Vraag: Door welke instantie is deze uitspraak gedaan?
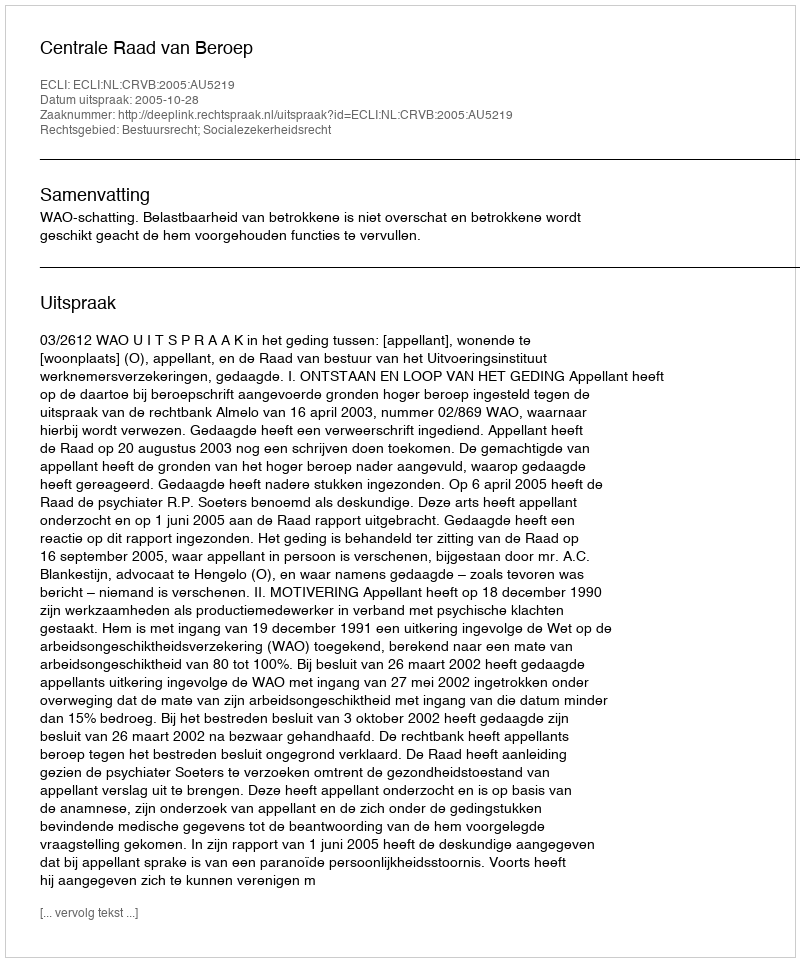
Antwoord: Centrale Raad van Beroep